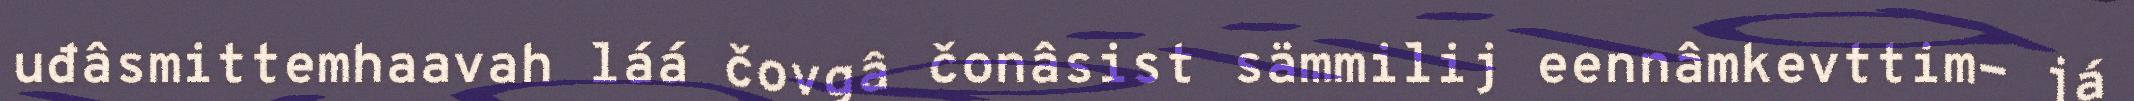
uđâsmittemhaavah láá čovgâ čonâsist sämmilij eennâmkevttim- já